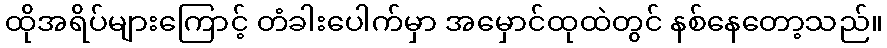
ထိုအရိပ်များကြောင့် တံခါးပေါက်မှာ အမှောင်ထုထဲတွင် နစ်နေတော့သည်။